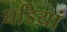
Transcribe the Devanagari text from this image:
घडिय़ां